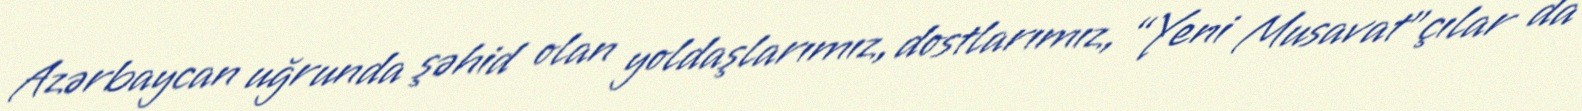
Azərbaycan uğrunda şəhid olan yoldaşlarımız, dostlarımız, “Yeni Musavat”çılar da